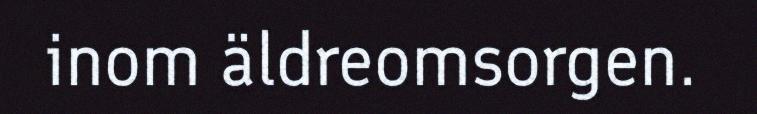
inom äldreomsorgen.